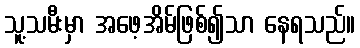
သူ့သမီးမှာ အဖေ့အိမ်ဖြစ်၍သာ နေရသည်။